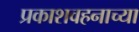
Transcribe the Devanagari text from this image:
प्रकाशवहनाच्या